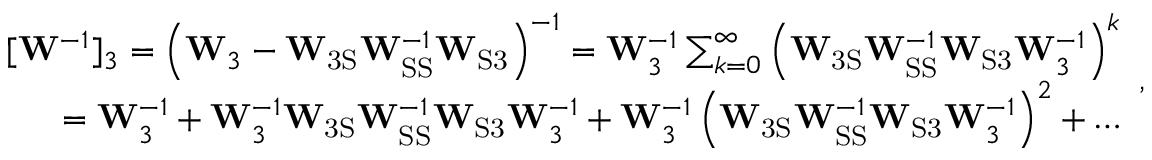
\begin{array} { r } { [ \mathbf { W } ^ { - 1 } ] _ { 3 } = \left( \mathbf { W } _ { 3 } - \mathbf { W } _ { \mathrm { 3 S } } \mathbf { W } _ { \mathrm { S S } } ^ { - 1 } \mathbf { W } _ { \mathrm { S 3 } } \right) ^ { - 1 } = \mathbf { W } _ { 3 } ^ { - 1 } \sum _ { k = 0 } ^ { \infty } \left( \mathbf { W } _ { \mathrm { 3 S } } \mathbf { W } _ { \mathrm { S S } } ^ { - 1 } \mathbf { W } _ { \mathrm { S 3 } } \mathbf { W } _ { 3 } ^ { - 1 } \right) ^ { k } } \\ { = \mathbf { W } _ { 3 } ^ { - 1 } + \mathbf { W } _ { 3 } ^ { - 1 } \mathbf { W } _ { \mathrm { 3 S } } \mathbf { W } _ { \mathrm { S S } } ^ { - 1 } \mathbf { W } _ { \mathrm { S 3 } } \mathbf { W } _ { 3 } ^ { - 1 } + \mathbf { W } _ { 3 } ^ { - 1 } \left( \mathbf { W } _ { \mathrm { 3 S } } \mathbf { W } _ { \mathrm { S S } } ^ { - 1 } \mathbf { W } _ { \mathrm { S 3 } } \mathbf { W } _ { 3 } ^ { - 1 } \right) ^ { 2 } + \dots } \end{array} ,